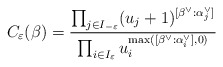
\begin{align*}C_\varepsilon (\beta) = \frac{\prod_{j\in I_{-\varepsilon}}(u_j + 1)^{[\beta^\vee : \alpha^\vee_j]}}{\prod_{i\in I_\varepsilon}u_i^{\max ([\beta^\vee : \alpha^\vee_i],0)}}\end{align*}